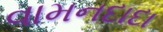
વામનદાદા